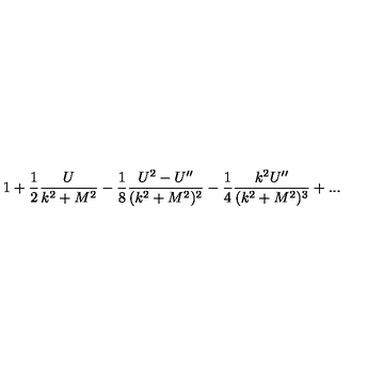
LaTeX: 1 + { \frac { 1 } { 2 } } { \frac { U } { k ^ { 2 } + M ^ { 2 } } } - { \frac { 1 } { 8 } } { \frac { U ^ { 2 } - U ^ { \prime \prime } } { ( k ^ { 2 } + M ^ { 2 } ) ^ { 2 } } } - { \frac { 1 } { 4 } } { \frac { k ^ { 2 } U ^ { \prime \prime } } { ( k ^ { 2 } + M ^ { 2 } ) ^ { 3 } } } + . . .